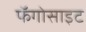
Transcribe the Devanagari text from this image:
फॅगोसाइट